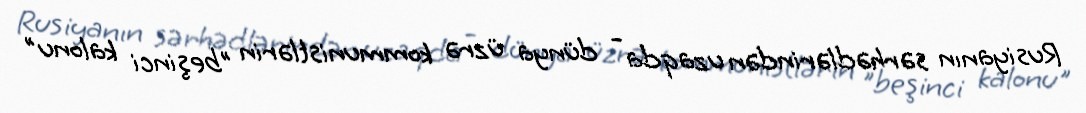
Rusiyanın sərhədlərindən uzaqda - dünya üzrə kommunistlərin "beşinci kalonu"